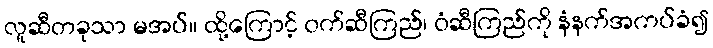
လူဆီတခုသာ မအပ်။ ထို့ကြောင့် ဝက်ဆီကြည်၊ ဝံဆီကြည်ကို နံနက်အကပ်ခံ၍